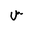
Letter: _sin